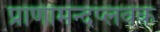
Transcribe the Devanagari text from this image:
प्राणीमन्दप्लवक